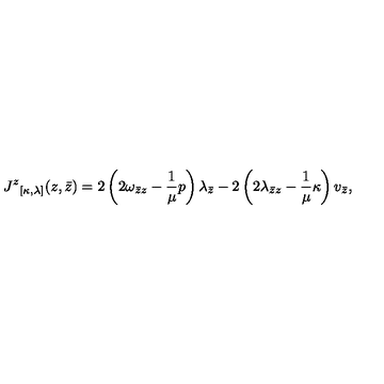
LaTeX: { J ^ { z } } _ { [ \kappa , \lambda ] } ( z , \bar { z } ) = 2 \left( 2 \omega _ { \bar { z } z } - \frac { 1 } { \mu } p \right) \lambda _ { \bar { z } } - 2 \left( 2 \lambda _ { \bar { z } z } - \frac { 1 } { \mu } \kappa \right) v _ { \bar { z } } ,